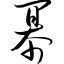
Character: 幂